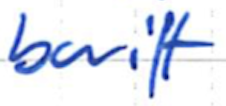
Text: built
Cross-out: clean
Writing tool: ballpoint